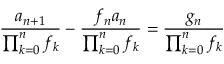
{ \frac { a _ { n + 1 } } { \prod _ { k = 0 } ^ { n } f _ { k } } } - { \frac { f _ { n } a _ { n } } { \prod _ { k = 0 } ^ { n } f _ { k } } } = { \frac { g _ { n } } { \prod _ { k = 0 } ^ { n } f _ { k } } }